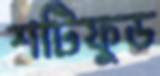
শটিফুড